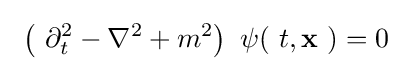
\ \left(\ \partial _{t}^{2}-\nabla ^{2}+m^{2}\right)\ \psi (\ t,\mathbf {x} \ )=0\